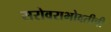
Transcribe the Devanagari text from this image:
सरोवराभोवतीची